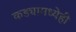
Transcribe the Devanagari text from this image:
कड्यामध्येही